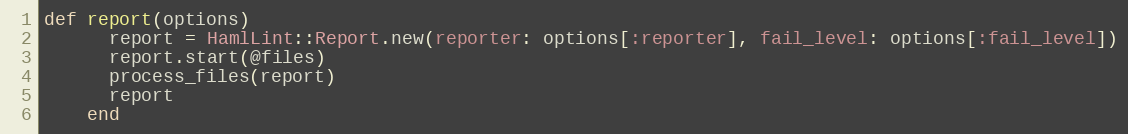
Language: Ruby
def report(options)
      report = HamlLint::Report.new(reporter: options[:reporter], fail_level: options[:fail_level])
      report.start(@files)
      process_files(report)
      report
    end